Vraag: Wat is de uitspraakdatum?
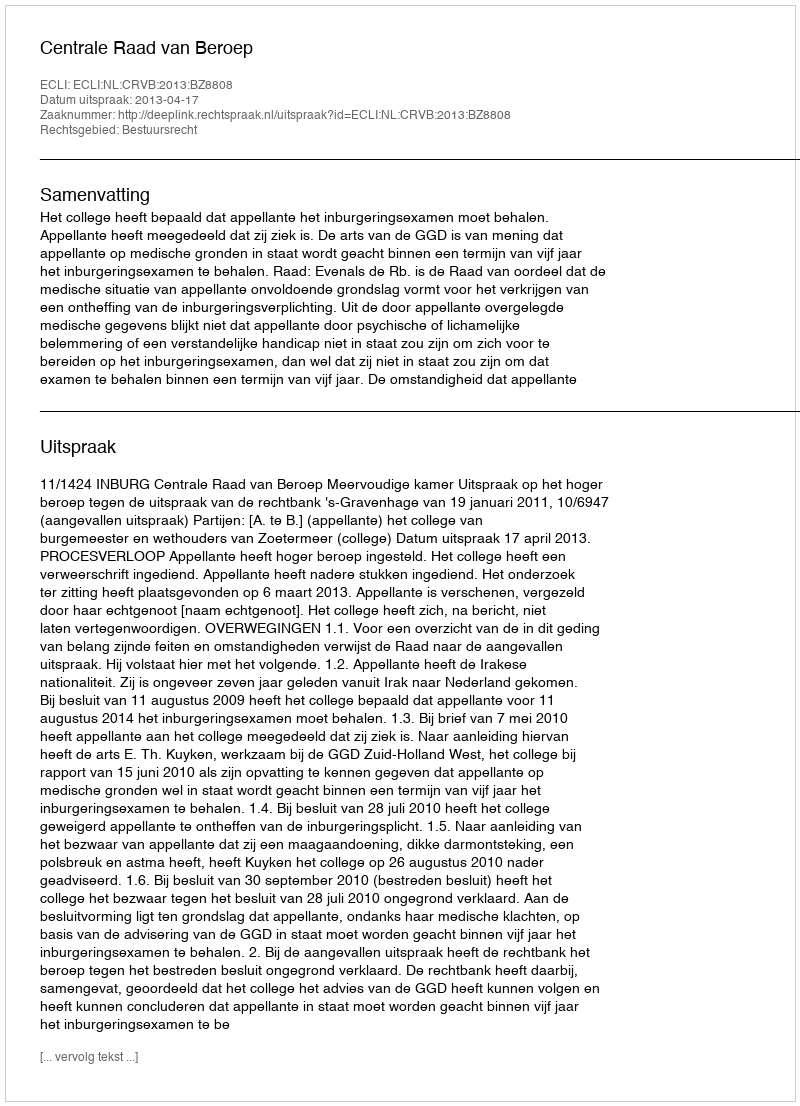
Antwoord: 2013-04-17